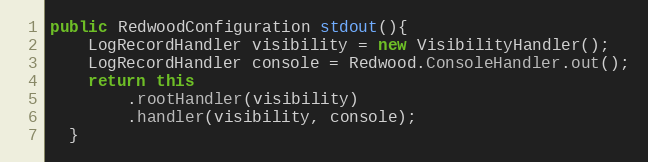
Language: Java
public RedwoodConfiguration stdout(){
    LogRecordHandler visibility = new VisibilityHandler();
    LogRecordHandler console = Redwood.ConsoleHandler.out();
    return this
        .rootHandler(visibility)
        .handler(visibility, console);
  }